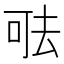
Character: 𠳊